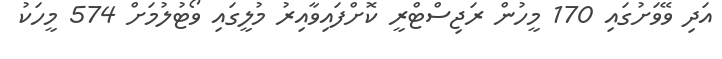
އަދި ވޭވަށުގައި 170 މީހުން ރަޖިސްޓްރީ ކޮށްފައިވާއިރު މުލީގައި ވޯޓުލުމަށް 574 މީހަކު